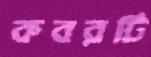
কবরটি